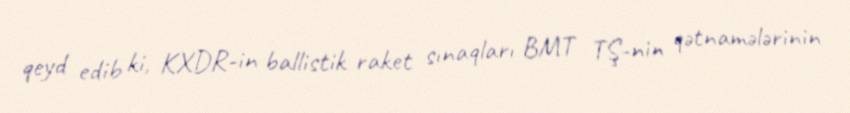
qeyd edib ki, KXDR-in ballistik raket sınaqları BMT TŞ-nin qətnamələrinin